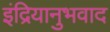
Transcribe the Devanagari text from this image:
इंद्रियानुभवाद